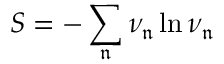
S = - \sum _ { \mathfrak { n } } \nu _ { \mathfrak n } \ln \nu _ { \mathfrak n }